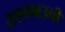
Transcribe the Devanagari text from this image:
रतनबाउनी